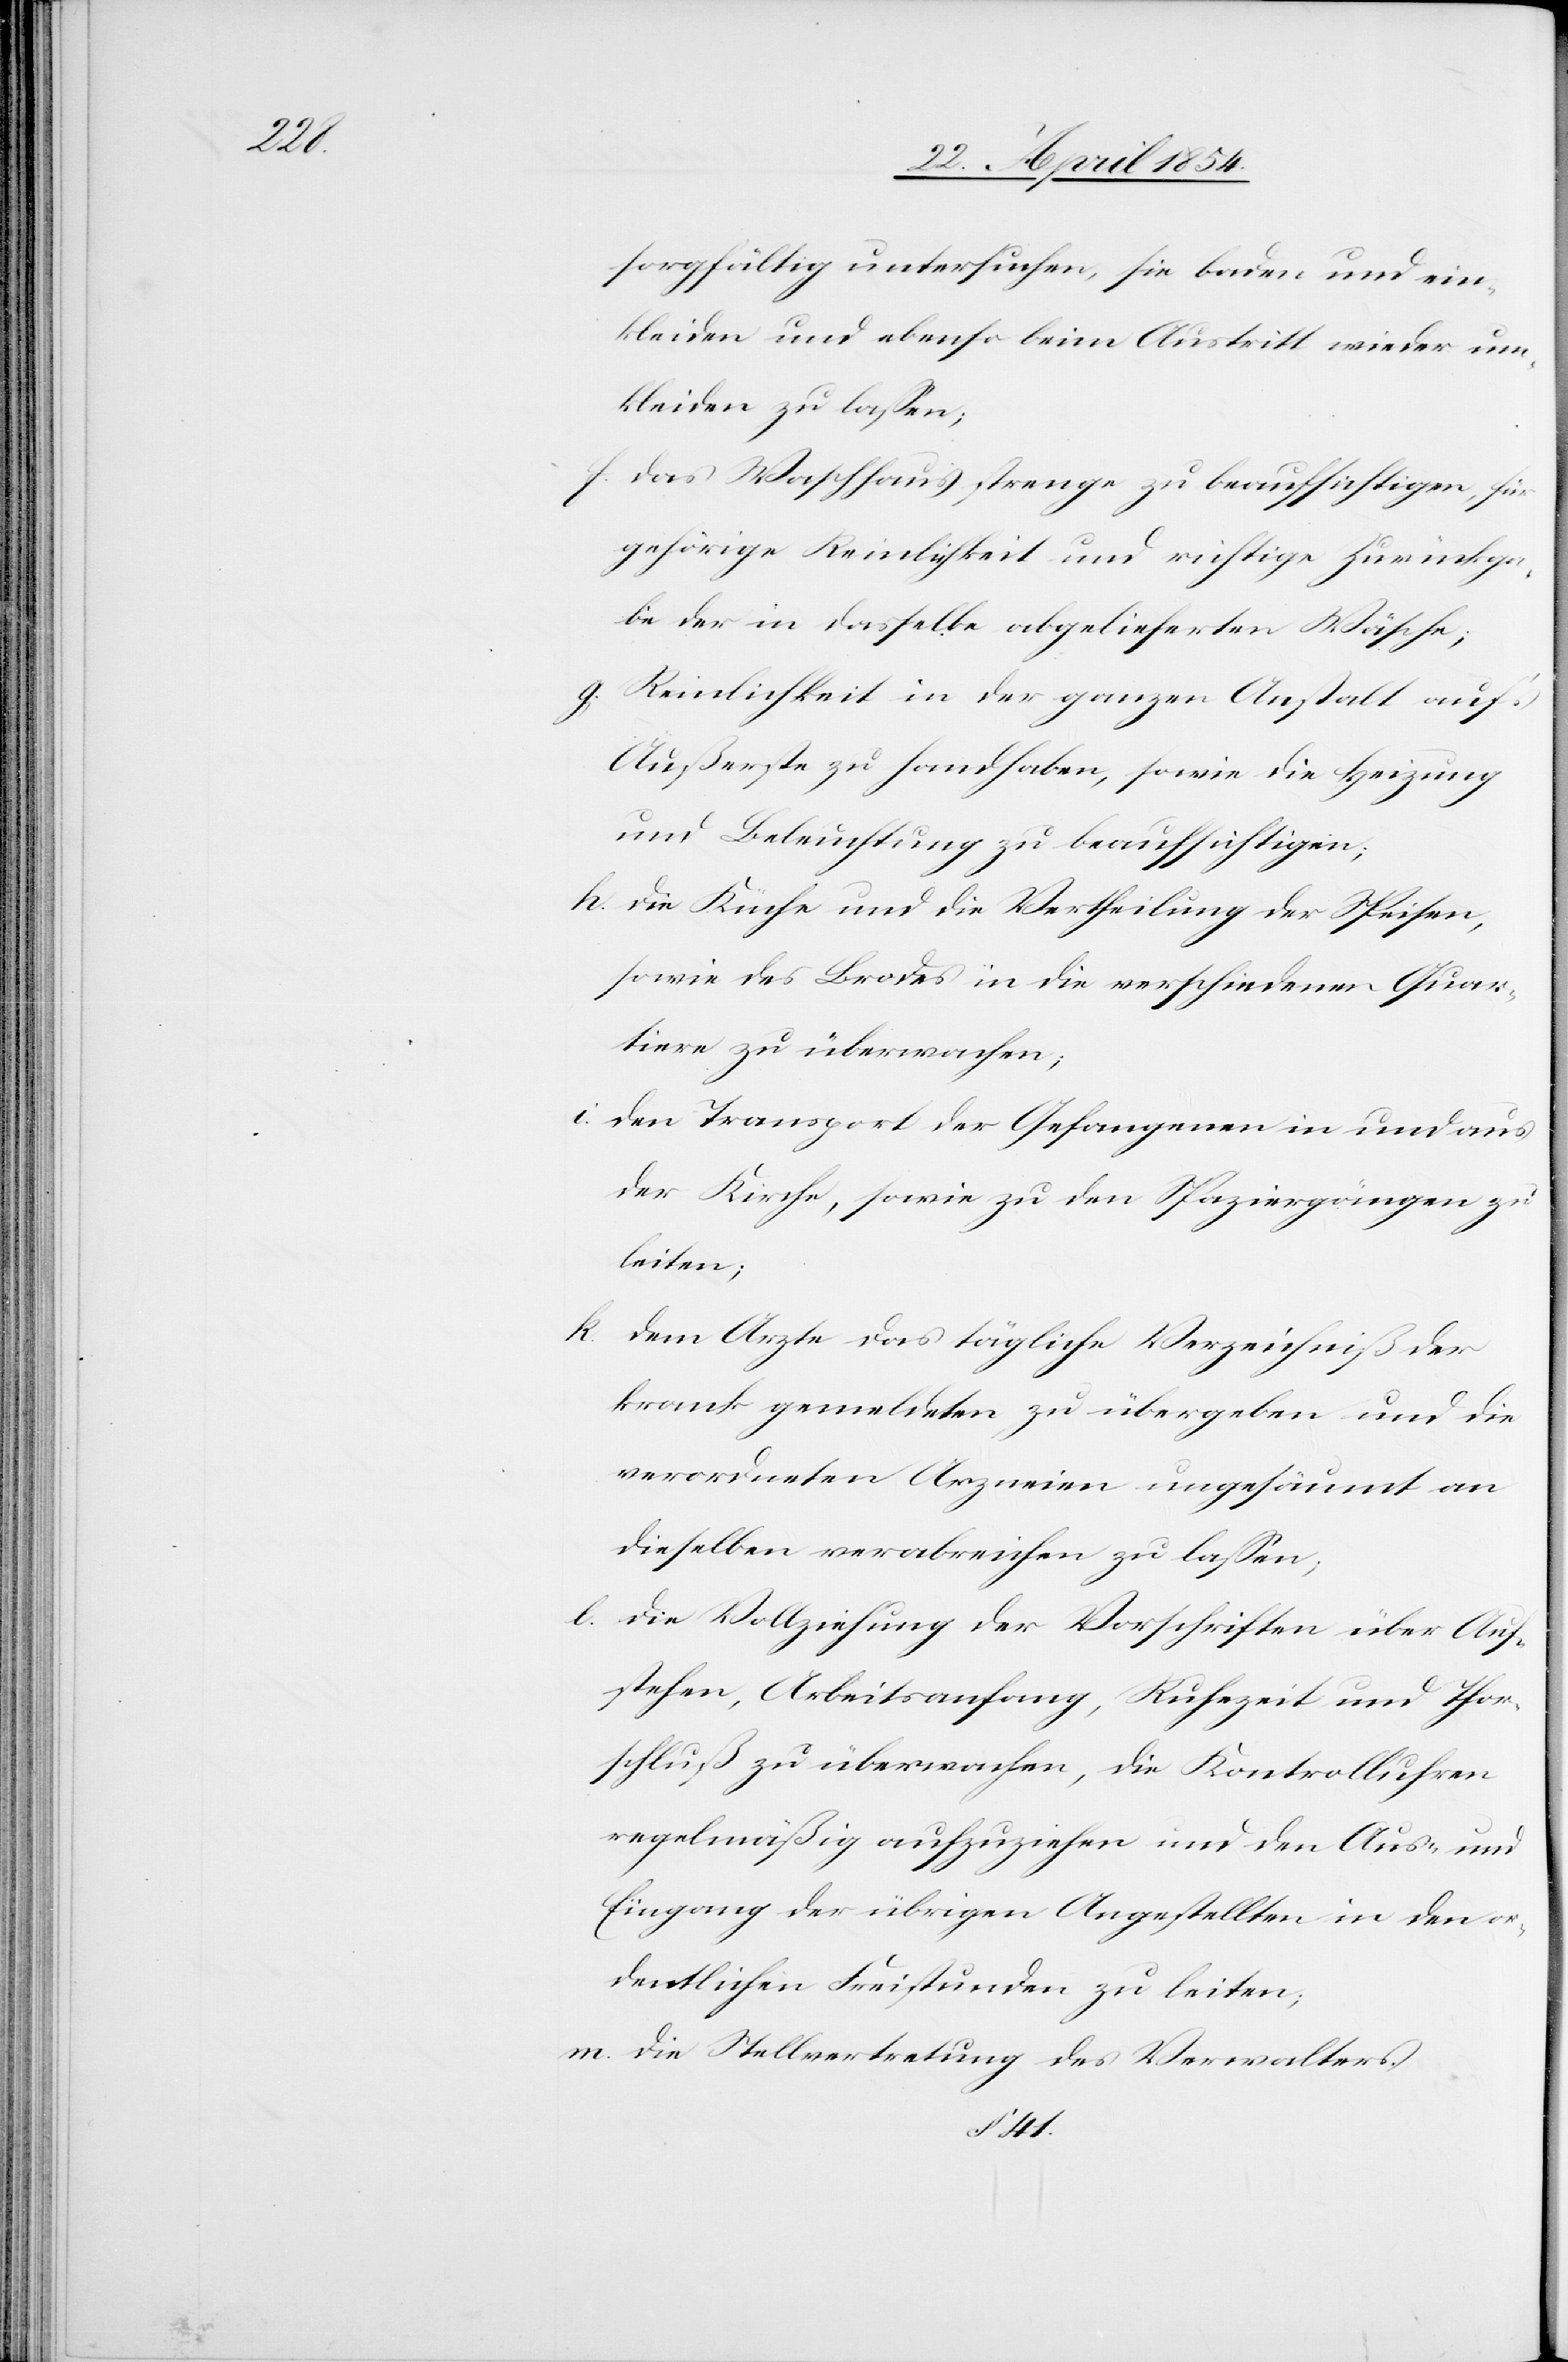
sorgfältig untersuchen, sie baden und ein¬
kleiden und ebenso beim Austritt wieder um¬
kleiden zu laßen;
f. das Waschhaus strenge zu beaufsichtigen, für
gehörige Reinlichkeit und richtige Zurückga¬
be der in dasselbe abgelieferten Wäsche;
g. Reinlichkeit in der ganzen Anstalt auf’s
Äußerste zu handhaben, sowie die Heizung
und Beleuchtung zu beaufsichtigen;
h. die Küche und die Vertheilung der Speisen,
sowie des Brodes in die verschiedenen Quar¬
tiere zu überwachen;
i. den Transport der Gefangenen in und aus
der Kirche, sowie zu den Spaziergängen zu
leiten;
k. dem Arzte das tägliche Verzeichniß der
krank gemeldeten zu übergeben und die
verordneten Arzneien ungesäumt an
dieselben verabreichen zu laßen;
l. die Vollziehung der Vorschriften über Auf¬
stehen, Arbeitsanfang, Ruhezeit und Thor¬
schluß zu überwachen, die Kontrolluhren
regelmäßig aufzuziehen und den Aus- und
Eingang der übrigen Angestellten in den or¬
dentlichen Freistunden zu leiten;
m. die Stellvertretung des Verwalters.
§ 41.